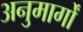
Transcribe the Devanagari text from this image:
अनुमार्गों